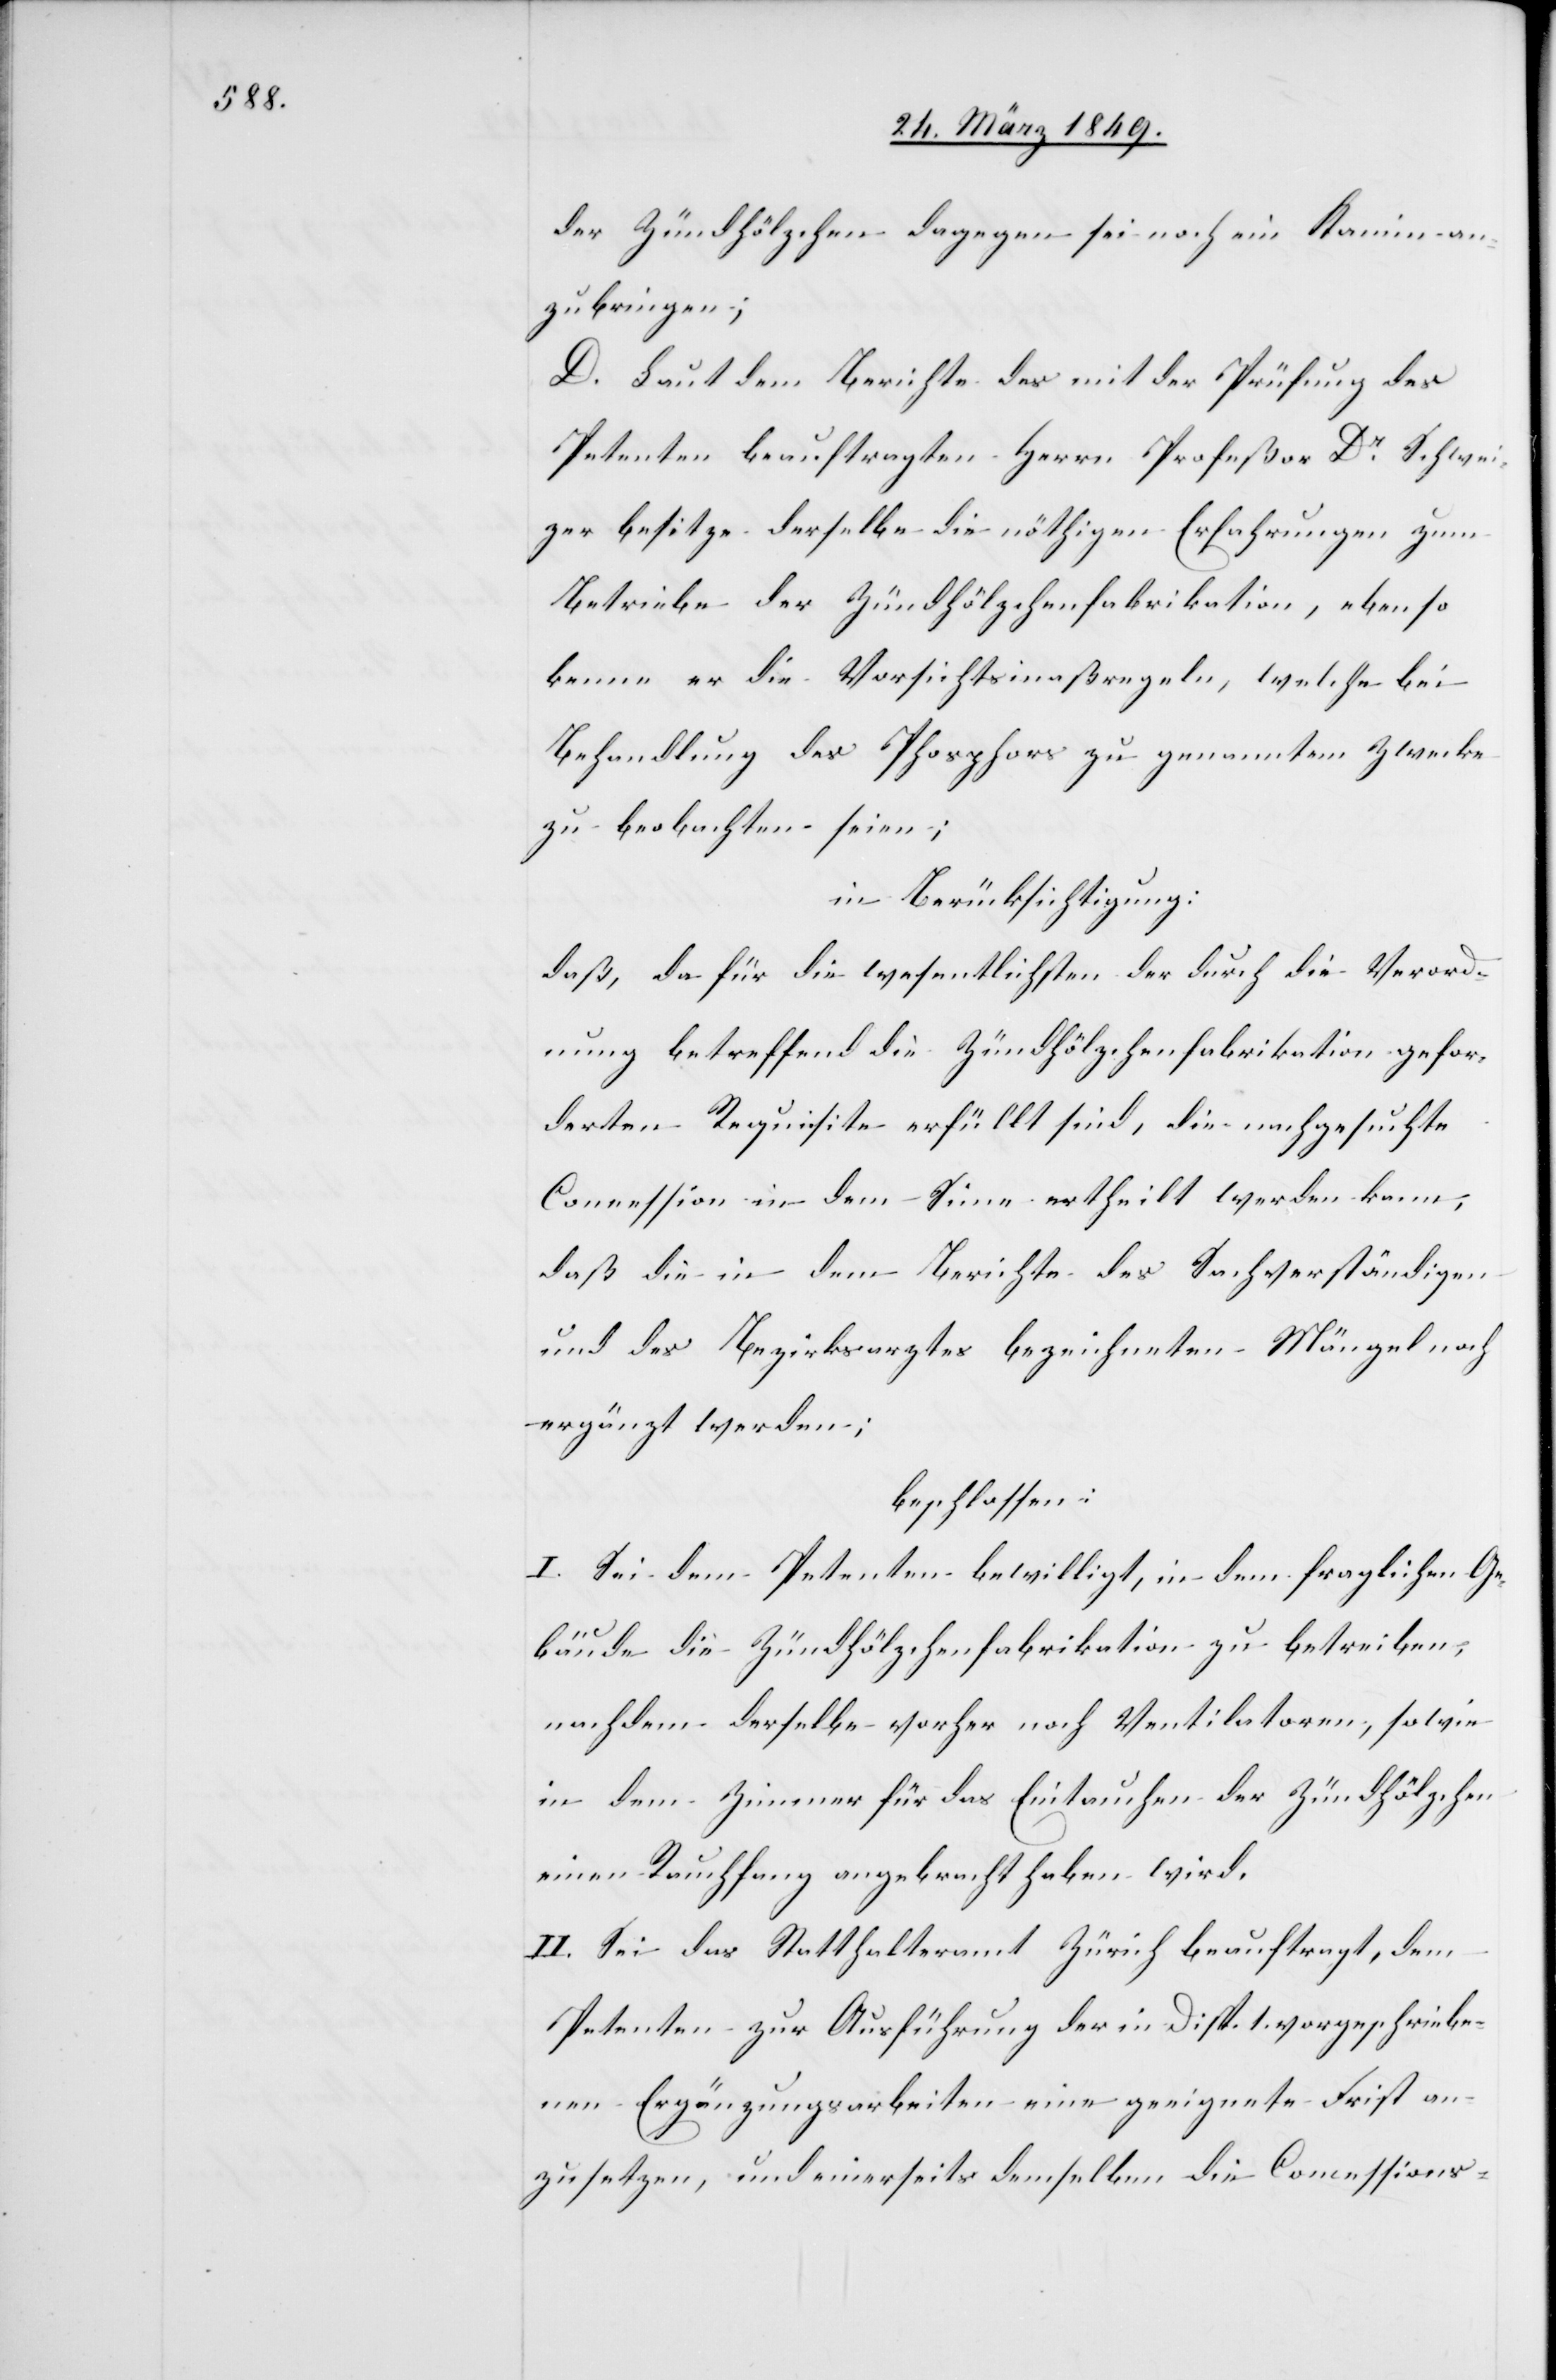
der Zündhölzchen dagegen sei noch ein Kamin an¬
zubringen;
D. Laut dem Berichte des mit der Prüfung des
Petenten beauftragten Herrn Profeßor Dr. Schwei¬
zer besitze derselbe die nöthigen Erfahrungen zum
Betriebe der Zündhölzchenfabrikation, ebenso
kenne er die Vorsichtsmaßregeln, welche bei
Behandlung des Phosphors zu genanntem Zwecke
zu beobachten seien;
in Berücksichtigung:
daß, da für die wesentlichsten der durch die Verord¬
nung betreffend die Zündhölzchenfabrikation gefor¬
derten Requisite erfüllt sind, die nachgesuchte
Concession in dem Sinne ertheilt werden kann,
daß die in dem Berichte des Sachverständigen
und des Bezirksarztes bezeichneten Mängel noch
ergänzt werden;
beschlossen:
I. Sei dem Petenten bewilligt, in dem fraglichen Ge¬
bäude die Zündhölzchenfabrikation zu betreiben,
nachdem derselbe vorher noch Ventilatoren, sowie
in dem Zimmer für das Eintauchen der Zündhölzchen
einen Rauchfang angebracht haben wird.
II. Sei das Statthalteramt Zürich beauftragt, dem
Petenten zur Ausführung der in Disp. 1. vorgeschriebe¬
nen Ergänzungsarbeiten eine geeignete Frist an¬
zusetzen, und einerseits demselben die Concessions-